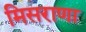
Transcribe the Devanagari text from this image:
मिसराणा